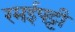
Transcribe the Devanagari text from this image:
रमईपट्टी